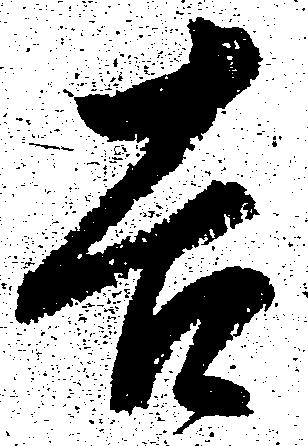
吉